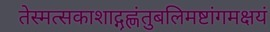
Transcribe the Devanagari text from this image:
तेस्मत्सकाशाद्गृह्णंतुबलिमष्टांगमक्षयं